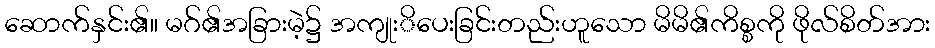
ဆောက်နှင်း၏။ မဂ်၏အခြားမဲ့၌ အကျုးိပေးခြင်းတည်းဟူသော မိမိ၏ကိစ္စကို ဖိုလ်စိတ်အား